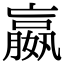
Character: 嬴